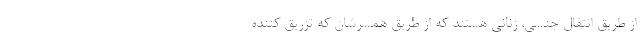
از طریق انتقال جنسی، زنانی هستند که از طریق همسرشان که تزریق کننده